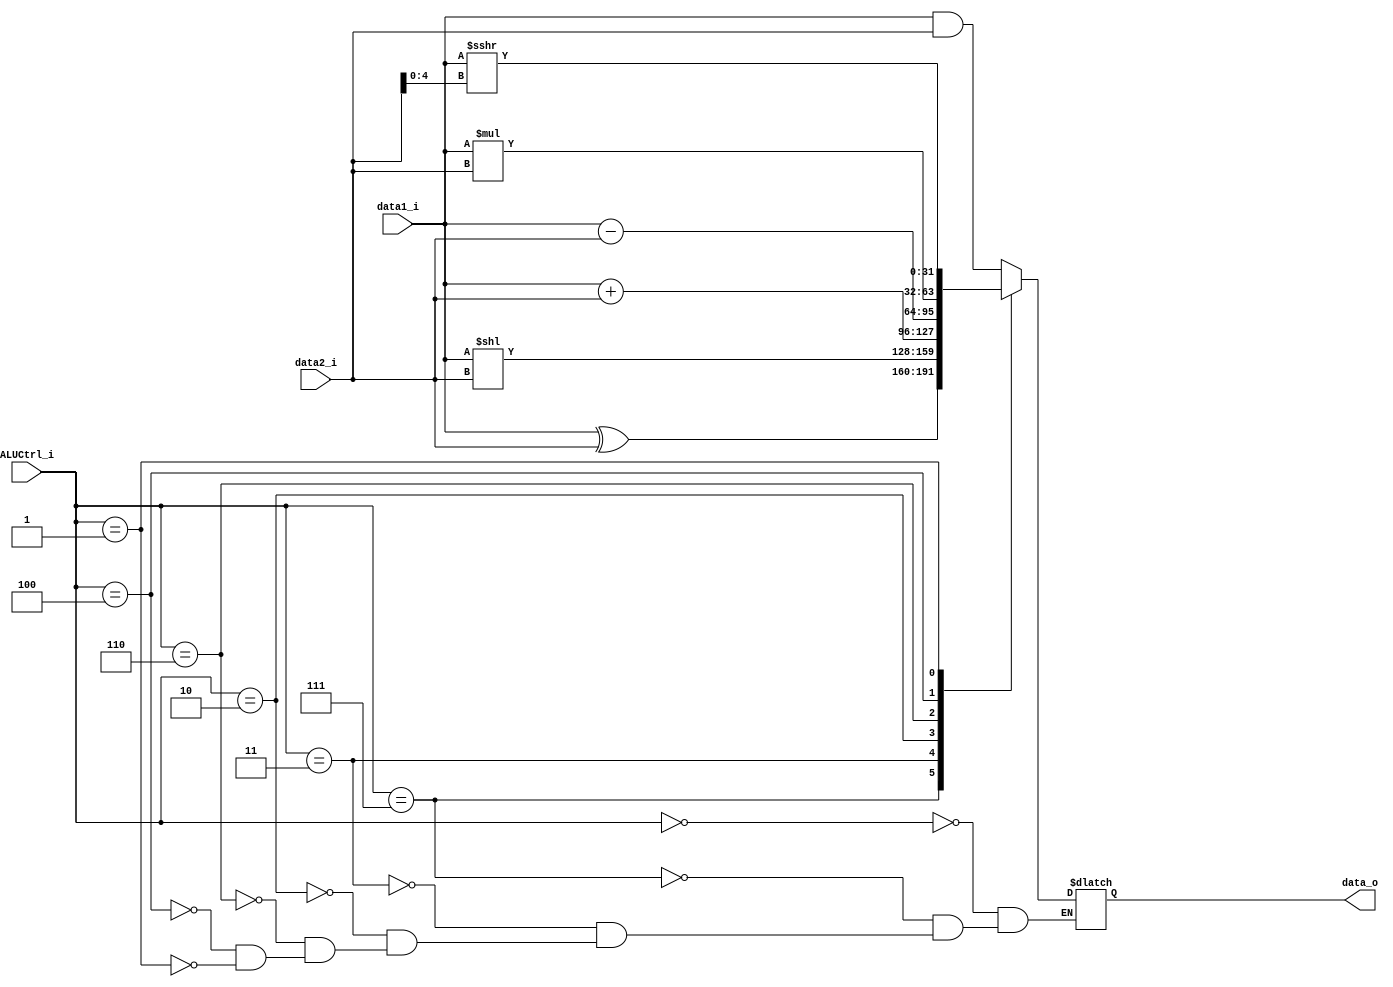
module ALU(
    input signed [31:0] data1_i   ,
    input signed [31:0] data2_i   ,
    input signed [2:0]  ALUCtrl_i ,
    output signed [31:0] data_o
);
reg signed [31:0] data;
assign data_o = data;
always @(*)
begin
    case (ALUCtrl_i)
        3'b000 : data = data1_i & data2_i; // and
        3'b111 : data = data1_i ^ data2_i; // xor
        3'b011 : data = data1_i << data2_i; // sll
        3'b010 : data = data1_i + data2_i; // add, addi
        3'b110 : data = data1_i - data2_i; // sub
        3'b100 : data = data1_i * data2_i; // mul
        3'b001 : data = data1_i >>> data2_i[4:0]; // srai
    endcase
end
endmodule